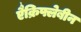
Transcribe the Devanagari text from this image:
एैक्रिफ्लेबीन